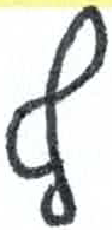
אות: ף